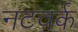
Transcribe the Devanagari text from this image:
नटवर्क